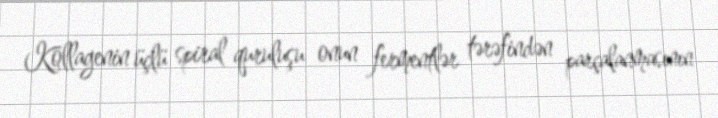
Kollagenin üçlü spiral quruluşu onun fermentlər tərəfindən parçalanmasının